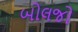
બોલજો